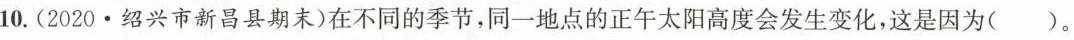
10.(2020·绍兴市新昌县期末)在不同的季节，同一地点的正午太阳高度会发生变化，这是因为( )。